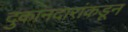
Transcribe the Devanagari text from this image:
दुकानदारांकडून